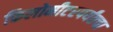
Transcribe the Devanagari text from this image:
किलोमीटरपर्यंतचा